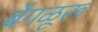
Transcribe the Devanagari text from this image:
बेंगळूरू